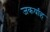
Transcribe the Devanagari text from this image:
जकर्याह